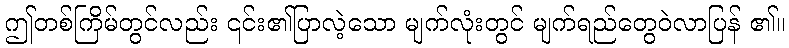
ဤတစ်ကြိမ်တွင်လည်း ၎င်း၏ပြာလဲ့သော မျက်လုံးတွင် မျက်ရည်တွေဝဲလာပြန် ၏။